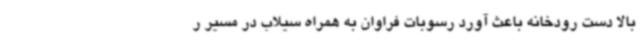
بالا دست رودخانه باعث آورد رسوبات فراوان به همراه سیلاب در مسیر ر